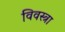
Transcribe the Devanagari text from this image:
विवस्त्रा